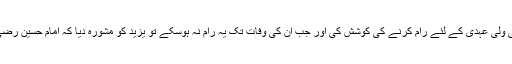
یہ چار حضرات تھے جن کے بارے میں امیر شام نے پہلے خود ان کو یزید کی ولی عہدی کے لئے رام کرنے کی کوشش کی اور جب ان کی وفات تک یہ رام نہ ہوسکے تو یزید کو مشورہ دیا کہ امام حسین رضی اللہ عنہ کو ان کے حامی ضرور اس کی حکومت کے خلاف کھڑا کریں گے۔